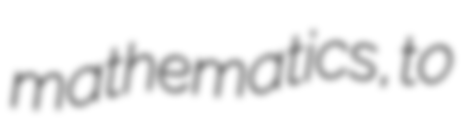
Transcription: mathematics, to